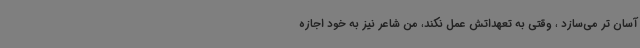
آسان تر می‌سازد ، وقتی به تعهداتش عمل نکند، من شاعر نیز به خود اجازه